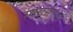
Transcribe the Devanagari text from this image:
स्वरांसारखे